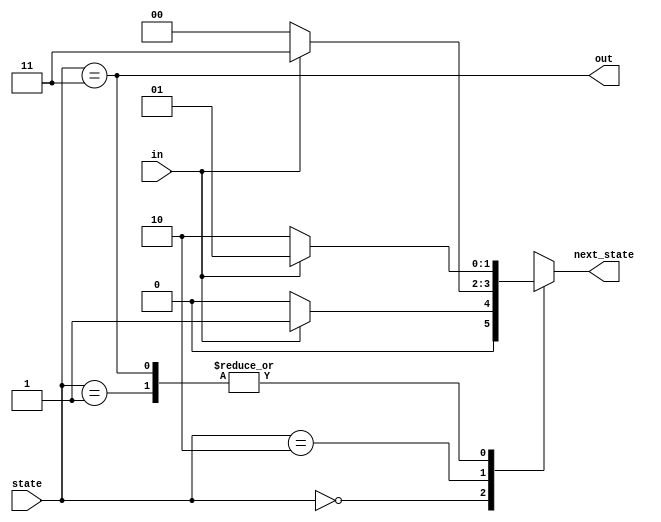
module top_module(
    input in,
    input [1:0] state,
    output [1:0] next_state,
    output out
);

    parameter A=0, B=1, C=2, D=3;

    // State transition logic
    always @(*) begin
      case(state)
        A: next_state = in? B : A;
        B: next_state = in? B : C;
        C: next_state = in? D : A;
        D: next_state = in? B : C;
      endcase
    end

    // Output logic
    assign out = (state == D);

endmodule